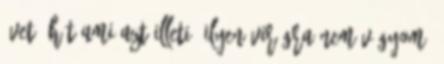
évet. Hát ami azt illeti, ilyen virágra nem vágyom: